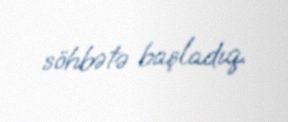
söhbətə başladıq.